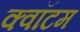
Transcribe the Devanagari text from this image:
क्‍वॉटम